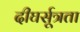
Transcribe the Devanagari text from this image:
दीघर्सूत्रता